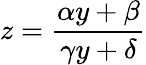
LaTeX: z={\frac{\alpha y+\beta}{\gamma y+\delta}}